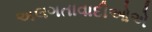
અલગતાવાદીઓએ